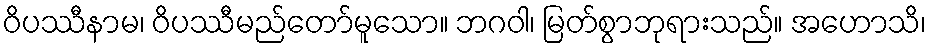
ဝိပဿီနာမ၊ ဝိပဿီမည်တော်မူသော။ ဘဂဝါ၊ မြတ်စွာဘုရားသည်။ အဟောသိ၊